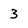
Character: 3